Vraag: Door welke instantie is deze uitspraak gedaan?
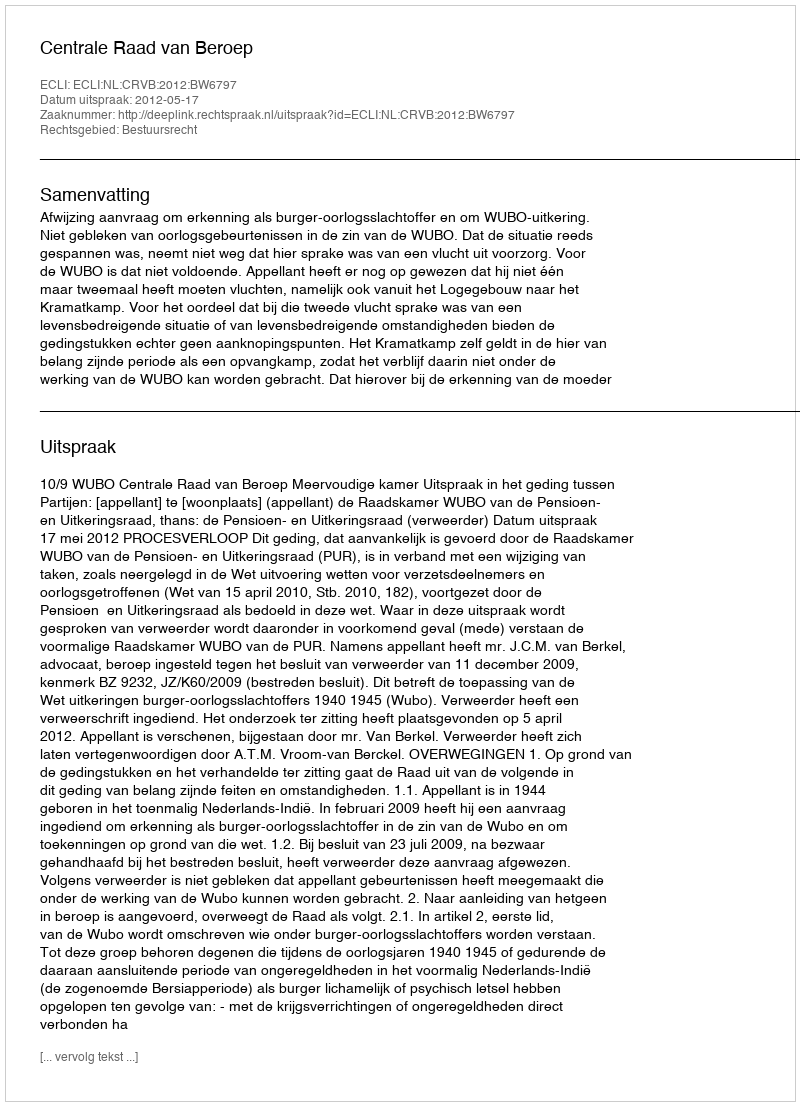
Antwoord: Centrale Raad van Beroep